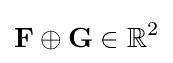
\mathbf {F} \oplus \mathbf {G} \in \mathbb {R} ^{2}